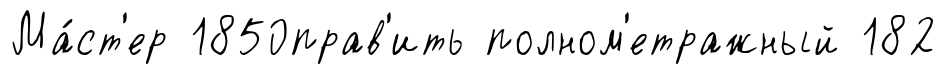
Ма́ст'ер 1850прав'ить полном'етражный 182